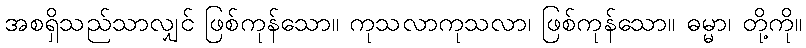
အစရှိသည်သာလျှင် ဖြစ်ကုန်သော။ ကုသလာကုသလာ၊ ဖြစ်ကုန်သော။ ဓမ္မာ၊ တို့ကို။